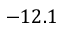
- 1 2 . 1